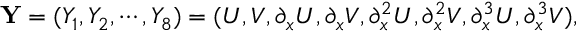
{ \bf Y } = ( Y _ { 1 } , Y _ { 2 } , \cdots , Y _ { 8 } ) = ( U , V , \partial _ { x } U , \partial _ { x } V , \partial _ { x } ^ { 2 } U , \partial _ { x } ^ { 2 } V , \partial _ { x } ^ { 3 } U , \partial _ { x } ^ { 3 } V ) ,